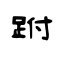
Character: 跗